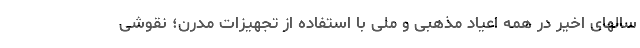
سالهای اخیر در همه اعیاد مذهبی و ملی با استفاده از تجهیزات مدرن؛ نقوشی